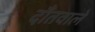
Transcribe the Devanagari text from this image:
दाँतवाले